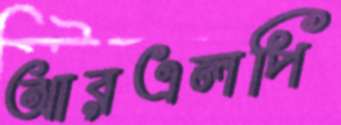
আরএলপি